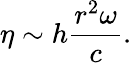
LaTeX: \eta\sim h\frac{r^{2}\omega}{c}.